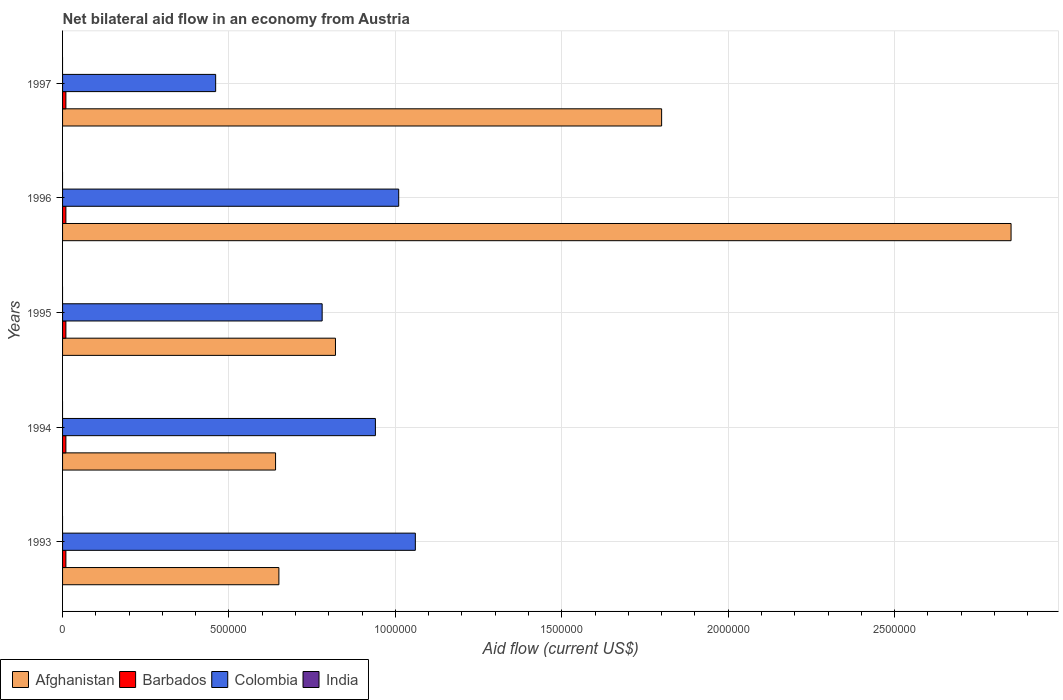
| Years | Afghanistan | Barbados | Colombia | India |
 | --- | --- | --- | --- | --- |
 | 1993 | 6.5e+05 | 1e+04 | 1.06e+06 | -2.2e+06 |
 | 1994 | 6.4e+05 | 1e+04 | 9.4e+05 | -4.45e+06 |
 | 1995 | 8.2e+05 | 1e+04 | 7.8e+05 | -9.9e+05 |
 | 1996 | 2.85e+06 | 1e+04 | 1.01e+06 | -2.89e+06 |
 | 1997 | 1.8e+06 | 1e+04 | 4.6e+05 | -4.7e+05 |